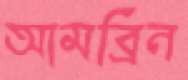
আমব্রিন